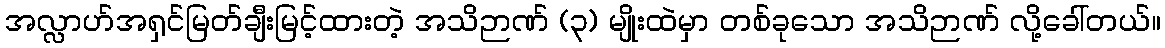
အလ္လာဟ်အရှင်မြတ်ချီးမြင့်ထားတဲ့ အသိဉာဏ် (၃) မျိုးထဲမှာ တစ်ခုသော အသိဉာဏ် လို့ခေါ်တယ်။